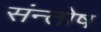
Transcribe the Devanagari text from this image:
संन्‍तोष